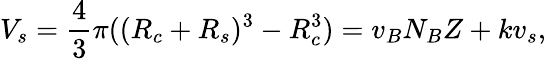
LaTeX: V_{s}=\frac{4}{3}\pi((R_{c}+R_{s})^{3}-R_{c}^{3})=v_{B}N_{B}Z+kv_{s},